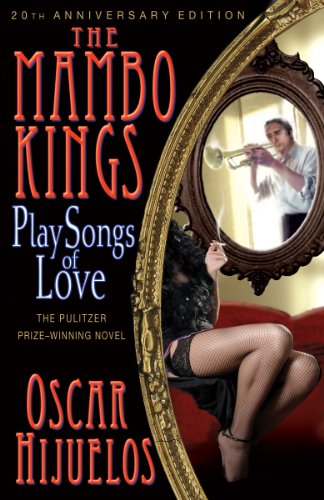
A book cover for The Mambo Kings Play Songs of Love; Oscar Hijuelos; Literature & Fiction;